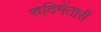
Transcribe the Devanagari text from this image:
रुदिमेंतारी